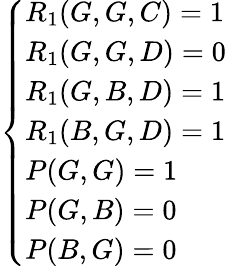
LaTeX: \begin{array}{r}{\left\{ \begin{array}{ll}{R_{1}(G,G,C)=1}\\ {R_{1}(G,G,D)=0}\\ {R_{1}(G,B,D)=1}\\ {R_{1}(B,G,D)=1}\\ {P(G,G)=1}\\ {P(G,B)=0}\\ {P(B,G)=0}\end{array}\right.}\end{array}